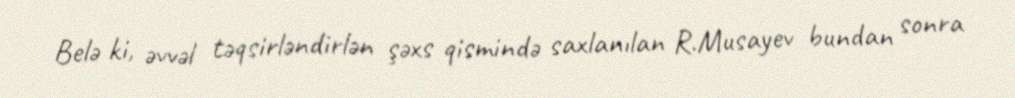
Belə ki, əvvəl təqsirləndirlən şəxs qismində saxlanılan R.Musayev bundan sonra